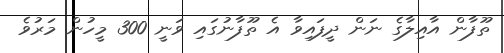
ތޫފާން އާއިލާގެ ނަން ދީފައިވާ އެ ތޫފާނުގައި ވަނީ 300 މީހުން މަރުވެ